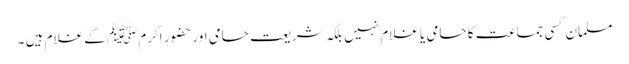
مسلمان کسی جماعت کا حامی یا غلام نہیں بلکہ شریعت حامی اور حضور اکرمﷺ کے غلام ہیں ۔